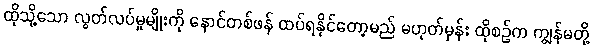
ထိုသို့သော လွတ်လပ်မှုမျိုးကို နောင်တစ်ဖန် ထပ်ရနိုင်တော့မည် မဟုတ်မှန်း ထိုစဉ်က ကျွန်မတို့